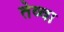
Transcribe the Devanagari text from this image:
तेव्वा